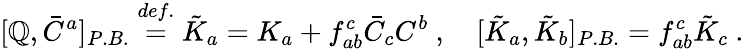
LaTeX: [\mathbb{Q},\bar{{C}}^{a}]_{P.B.}\stackrel{def.}{=}\tilde{{K}}_{a}=K_{a}+f_{ab}^{c}\bar{{C}}_{c}C^{b}~,~~~~[\tilde{{K}}_{a},\tilde{{K}}_{b}]_{P.B.}=f_{ab}^{c}\tilde{{K}}_{c}~.